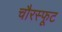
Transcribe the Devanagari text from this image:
चौरस्फूट